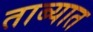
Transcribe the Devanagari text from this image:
ताब्‍यात